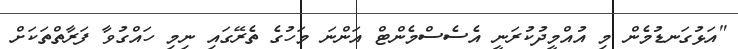
"އަޅުގަނޑުމެން މި އުއްމީދުކުރަނީ އެސެސްމެންޓް އަންނަ މަހުގެ ތެރޭގައި ނިމި ހައްގުވާ ފަރާތްތަކަށް